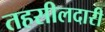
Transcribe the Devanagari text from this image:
तहसीलदारी